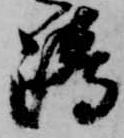
嶋